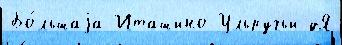
Бо́льшаjа Иташино Ульручьи дЯ